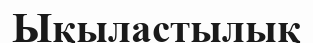
Ықыластылық